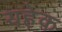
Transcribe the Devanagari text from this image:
यहेक